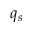
q _ { s }